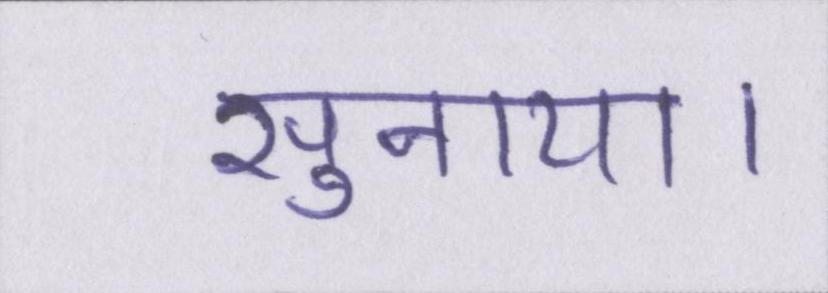
सुनाया।